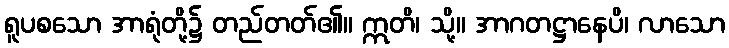
ရူပစသော အာရုံတို့၌ တည်တတ်၏။ ဣတိ၊ သို့။ အာဂတဋ္ဌာနေပိ၊ လာသော